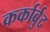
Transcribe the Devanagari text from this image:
कर्कार्बुद